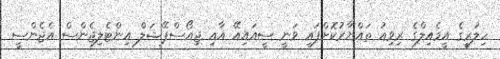
ހިލަރީގެ އީމެއިލްގެ ރިވިއު ތައްޔާރުކޮށްފައި ވަނީ ސީއައިއޭ އާއި ޖިއޯސްޕޭޝަލް އިންޓެލިޖެންސް އެޖެންސީ